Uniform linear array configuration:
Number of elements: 12
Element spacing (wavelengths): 0.75
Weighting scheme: hann
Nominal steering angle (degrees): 30
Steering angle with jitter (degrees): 28.328
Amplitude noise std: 0.05
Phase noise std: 0.05

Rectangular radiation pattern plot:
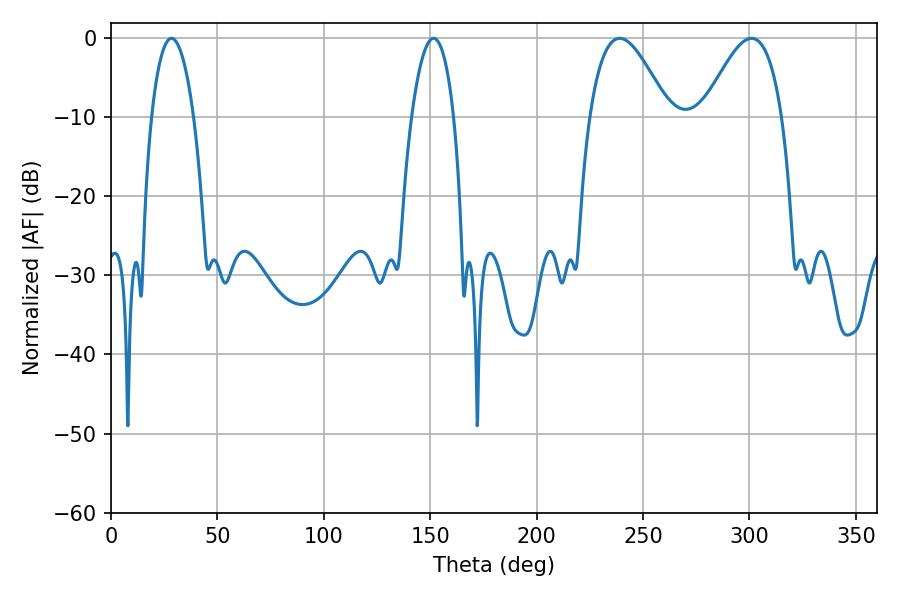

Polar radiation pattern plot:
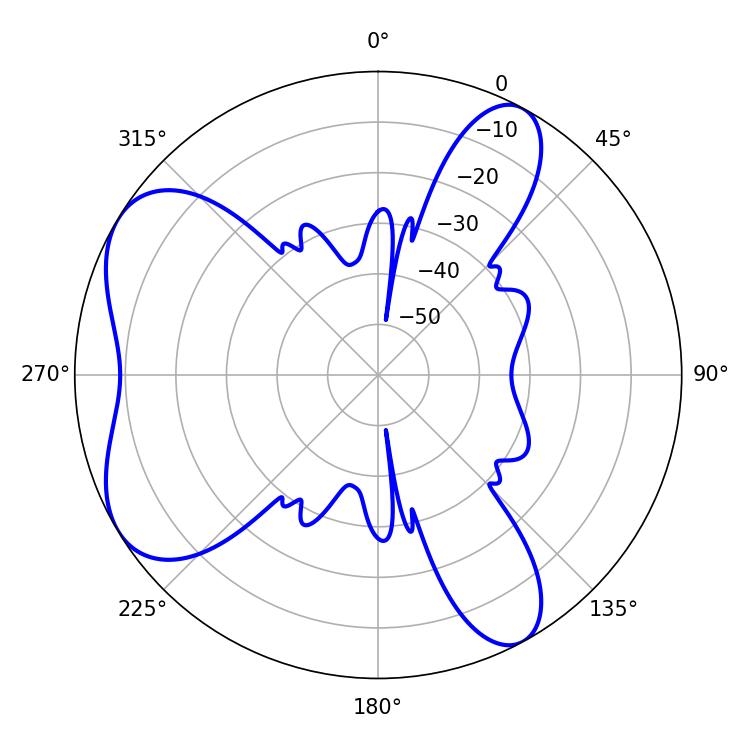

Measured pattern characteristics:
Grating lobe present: TRUE
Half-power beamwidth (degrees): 19.98
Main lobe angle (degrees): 239.04